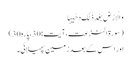
وَ الْاَرْضَ بَعْدَ ذٰلِکَ دَحٰیہَا
(سورۃ النزعت،آیت:30،پارہ30)
اور اس کے بعدزمین پھیلائی۔